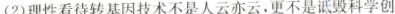
(2)理性看待转基因技术不是人云亦云，更不是毁科学创